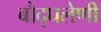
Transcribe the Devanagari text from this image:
बौद्घलेणी